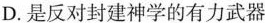
D. 是反对封建神学的有力武器